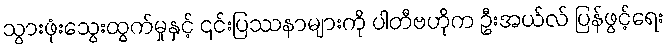
သွားဖုံးသွေးထွက်မှုနှင့် ၎င်းပြဿနာများကို ပါတီဗဟိုက ဦးအယ်လ် ပြန်ဖွင့်ရေး